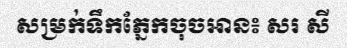
សម្រក់ទឹកភ្នែកចុចអាន៖ សរ សី